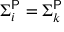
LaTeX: \Sigma _ { i } ^ { \mathsf { P } } = \Sigma _ { k } ^ { \mathsf { P } }